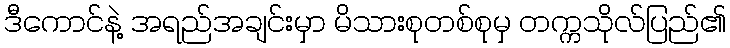
ဒီကောင်နဲ့ အရည်အချင်းမှာ မိသားစုတစ်စုမှ တက္ကသိုလ်ပြည်၏